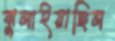
ঝুলাইয়াছিল